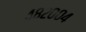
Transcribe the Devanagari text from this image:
४८२००४